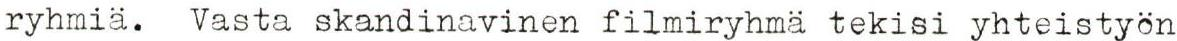
ryhmiä. Vasta skandinavinen filmiryhmä tekisi yhteistyön